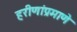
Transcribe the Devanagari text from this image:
हरीणांप्रमाणे